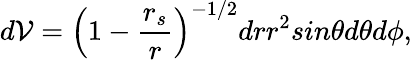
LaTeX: d{\cal{V}}=\left(1-\frac{r_{s}}{r}\right)^{-1/2}drr^{2}sin\theta d\theta d\phi,